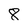
Character: 8